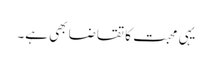
یہی محبت کا تقاضا بھی ہے۔